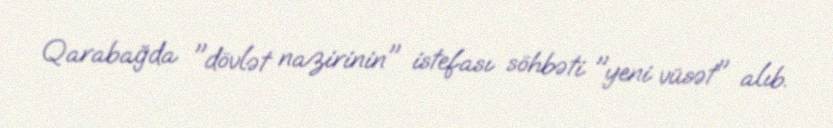
Qarabağda "dövlət nazirinin" istefası söhbəti "yeni vüsət" alıb.